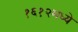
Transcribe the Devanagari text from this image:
१६१२मध्ये